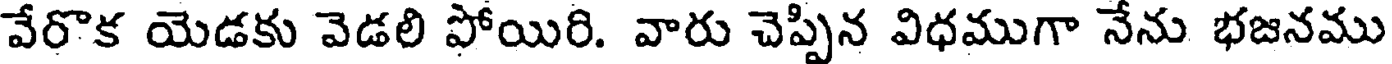
వేరొక యెడకు వెడలి పోయిరి. వారు చెప్పిన విధముగా నేను భజనము